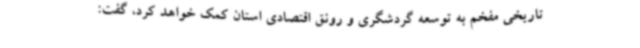
تاریخی مفخم به توسعه گردشگری و رونق اقتصادی استان کمک خواهد کرد، گفت: